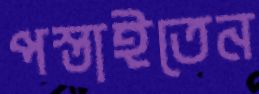
পস্তাইতেন